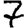
Digit: 7